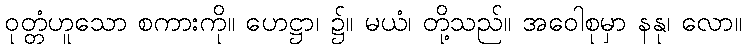
ဝုတ္တံဟူသော စကားကို။ ဟေဋ္ဌာ၊ ၌။ မယံ၊ တို့သည်။ အဝေါစုမှာ နနု၊ လော။